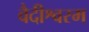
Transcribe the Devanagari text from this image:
वैदीश्वरम